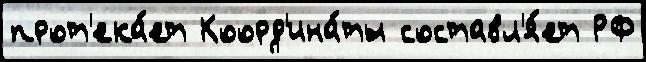
прот'ека́ет Коорд'ина́ты составл'я́ет РФ